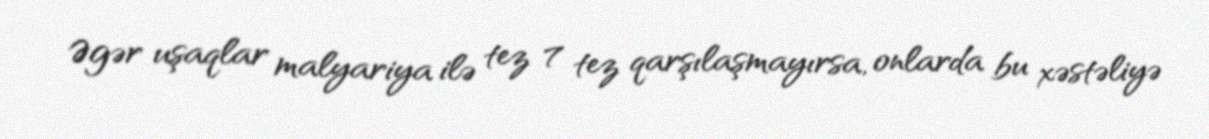
Əgər uşaqlar malyariya ilə tez 7 tez qarşılaşmayırsa, onlarda bu xəstəliyə